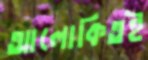
আলোকিতই